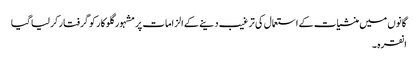
گانوں میں منشیات کے استعمال کی ترغیب دینے کے الزامات پر مشہور گلوکار کو گرفتار کر لیا گیا
انقرہ ۔